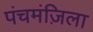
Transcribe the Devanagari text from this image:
पंचमंज़िला